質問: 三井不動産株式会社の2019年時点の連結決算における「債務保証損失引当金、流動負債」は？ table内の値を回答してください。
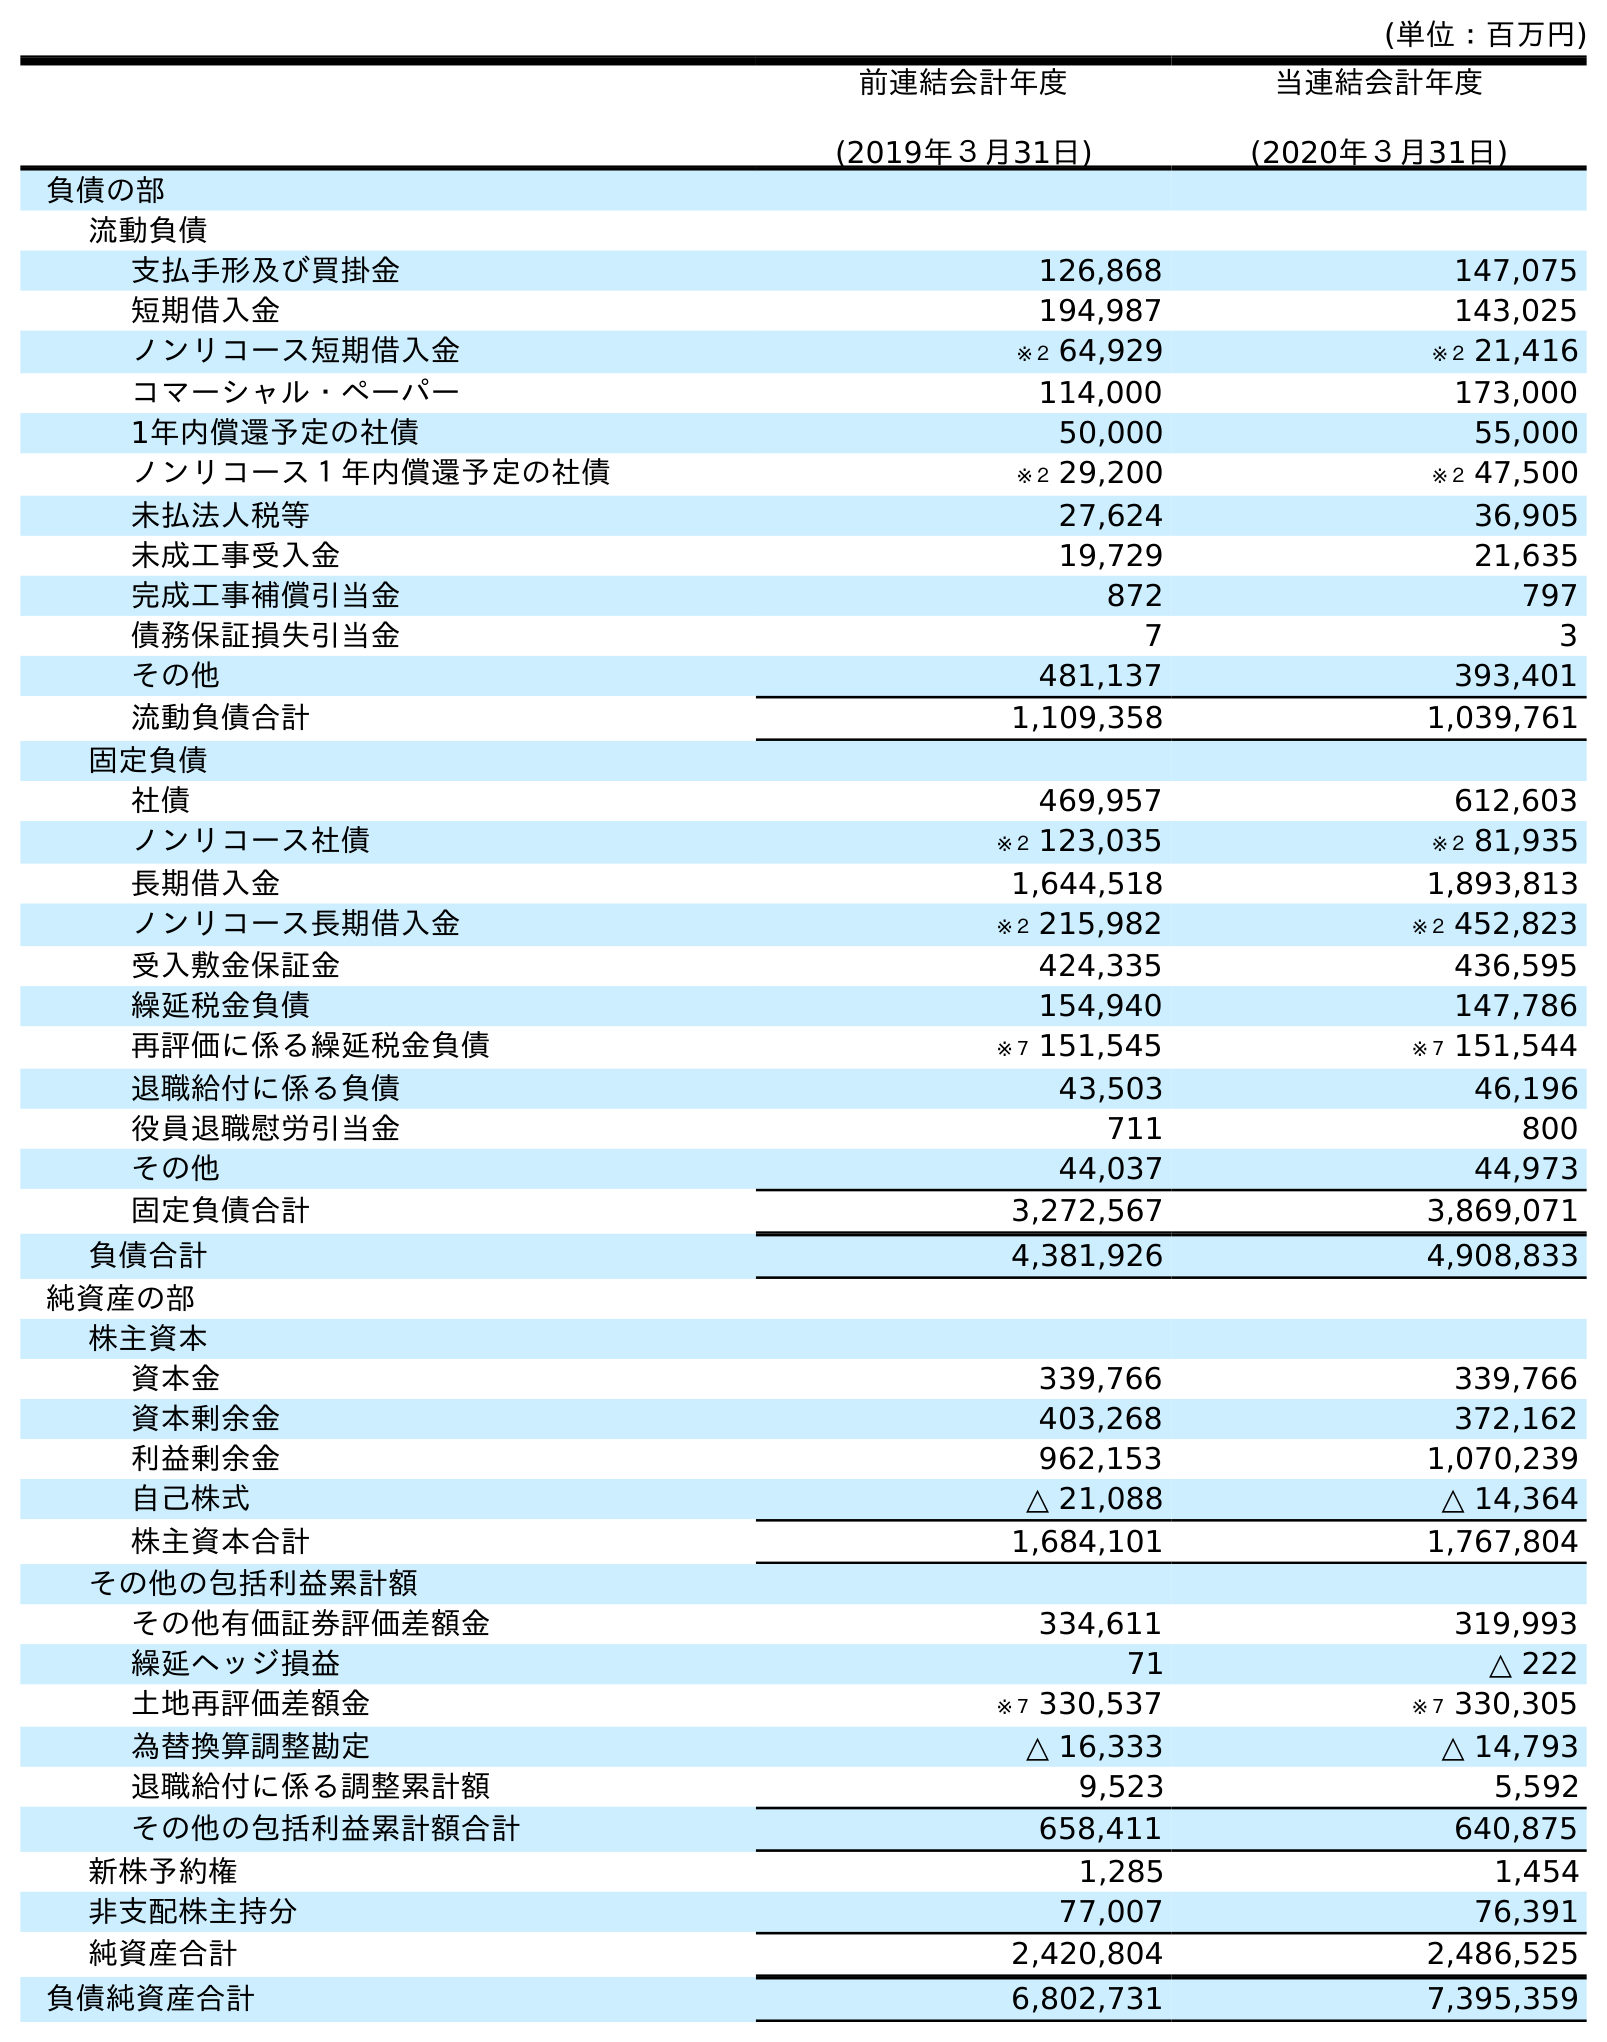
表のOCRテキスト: (単位：百万円) 前連結会計年度 (2019年３月31日) 当連結会計年度 (2020年３月31日) 負債の部 流動負債 支払手形及び買掛金 126,868 147,075 短期借入金 194,987 143,025 ノンリコース短期借入金 ※２ 64,929 ※２ 21,416 コマーシャル・ペーパー 114,000 173,000 1年内償還予定の社債 50,000 55,000 ノンリコース１年内償還予定の社債 ※２ 29,200 ※２ 47,500 未払法人税等 27,624 36,905 未成工事受入金 19,729 21,635 完成工事補償引当金 872 797 債務保証損失引当金 7 3 その他 481,137 393,401 流動負債合計 1,109,358 1,039,761 固定負債 社債 469,957 612,603 ノンリコース社債 ※２ 123,035 ※２ 81,935 長期借入金 1,644,518 1,893,813 ノンリコース長期借入金 ※２ 215,982 ※２ 452,823 受入敷金保証金 424,335 436,595 繰延税金負債 154,940 147,786 再評価に係る繰延税金負債 ※７ 151,545 ※７ 151,544 退職給付に係る負債 43,503 46,196 役員退職慰労引当金 711 800 その他 44,037 44,973 固定負債合計 3,272,567 3,869,071 負債合計 4,381,926 4,908,833 純資産の部 株主資本 資本金 339,766 339,766 資本剰余金 403,268 372,162 利益剰余金 962,153 1,070,239 自己株式 △ 21,088 △ 14,364 株主資本合計 1,684,101 1,767,804 その他の包括利益累計額 その他有価証券評価差額金 334,611 319,993 繰延ヘッジ損益 71 △ 222 土地再評価差額金 ※７ 330,537 ※７ 330,305 為替換算調整勘定 △ 16,333 △ 14,793 退職給付に係る調整累計額 9,523 5,592 その他の包括利益累計額合計 658,411 640,875 新株予約権 1,285 1,454 非支配株主持分 77,007 76,391 純資産合計 2,420,804 2,486,525 負債純資産合計 6,802,731 7,395,359
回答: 7